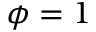
\phi = 1